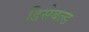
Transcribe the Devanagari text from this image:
डिसेबल्ड